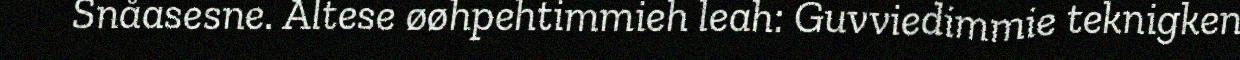
Snåasesne. Altese øøhpehtimmieh leah: Guvviedimmie teknigken